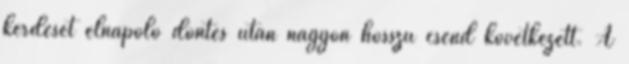
kérdését elnapoló döntés után nagyon hosszú csend következett. A